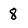
Character: 8